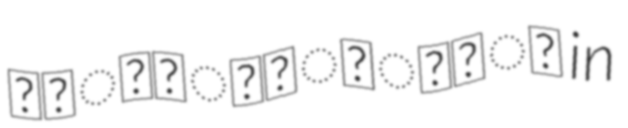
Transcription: महानिर्वाणी in